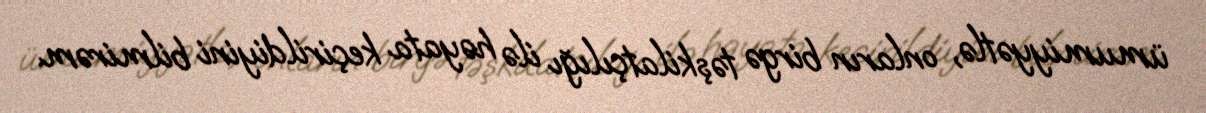
ümumiyyətlə, onların birgə təşkilatçılığı ilə həyata keçirildiyini bilmirəm.